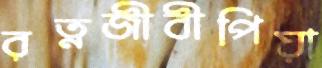
রত্নজীবীপিয়া